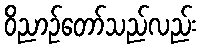
ဝိညာဉ်တော်သည်လည်း